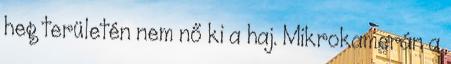
heg területén nem nő ki a haj. Mikrokamerán a